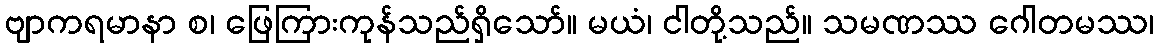
ဗျာကရမာနာ စ၊ ဖြေကြားကုန်သည်ရှိသော်။ မယံ၊ ငါတို့သည်။ သမဏဿ ဂေါတမဿ၊